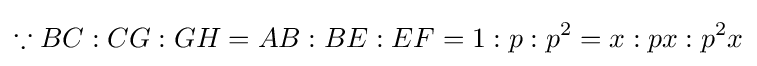
\because BC:CG:GH=AB:BE:EF=1:p:p^{2}=x:px:p^{2}x